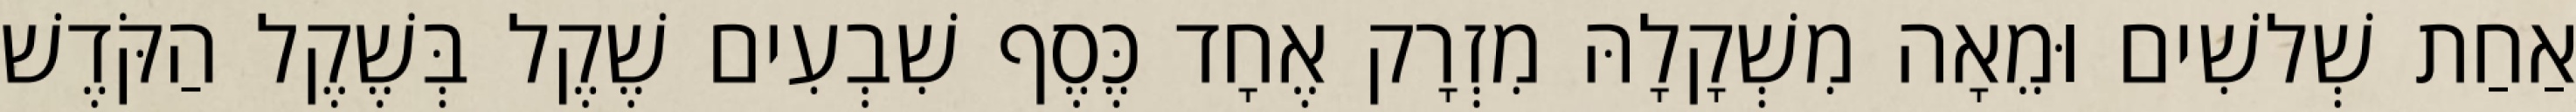
אַחַת שְׁלשִׁים וּמֵאָה מִשְׁקָלָהּ מִזְרָק אֶחָד כֶּסֶף שִׁבְעִים שֶׁקֶל בְּשֶׁקֶל הַקֹּדֶשׁ